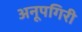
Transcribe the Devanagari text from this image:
अनूपगिरी